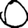
Digit: 0